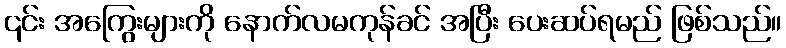
၎င်း အကြွေးများကို နောက်လမကုန်ခင် အပြီး ပေးဆပ်ရမည် ဖြစ်သည်။